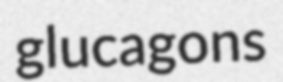
glucagons